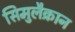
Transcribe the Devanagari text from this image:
सिमुलैक्रान